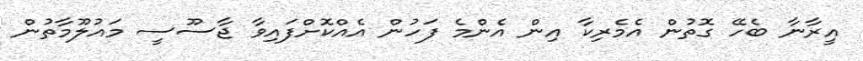
އީރާނާ ބެހޭ ގޮތުން އެމެރިކާ އިން އެންމެ ފަހުން އެއްކޮށްފައިވާ ޖާސޫސީ މައުލޫމާތުން